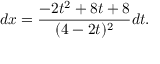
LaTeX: d x = { \frac { - 2 t ^ { 2 } + 8 t + 8 } { ( 4 - 2 t ) ^ { 2 } } } d t .